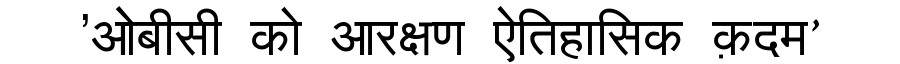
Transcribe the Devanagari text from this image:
'ओबीसी को आरक्षण ऐतिहासिक क़दम’